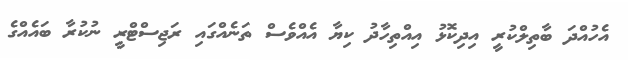
އެހުއްދަ ބާތިލްކުރީ އިދިކޮޅު އިއްތިހާދު ކިޔާ އެއްވެސް ތަނެއްގައި ރަޖިސްޓްރީ ނުކުރާ ބައެއްގެ